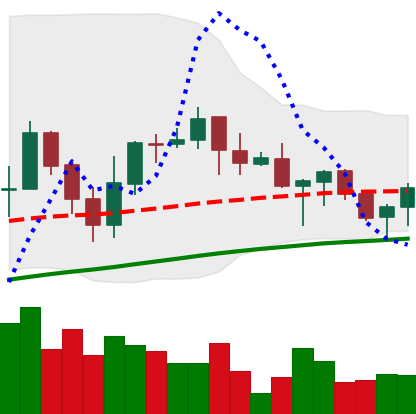
Ticker: ADA-USD
Chart end date: 2021-06-13
Forward return: -9.174%
Label: down_7plus